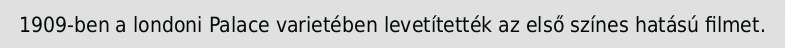
1909-ben a londoni Palace varietében levetítették az első színes hatású filmet.